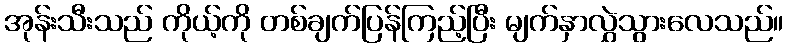
အုန်းသီးသည် ကိုယ့်ကို တစ်ချက်ပြန်ကြည့်ပြီး မျက်နှာလွှဲသွားလေသည်။